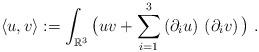
LaTeX: \begin{align*} \langle u,v\rangle:=\int_{\mathbb{R}^3}\big(uv+\sum_{i=1}^3\left(\partial_i u\right)\,\left(\partial_i v\right)\big)\ .\end{align*}